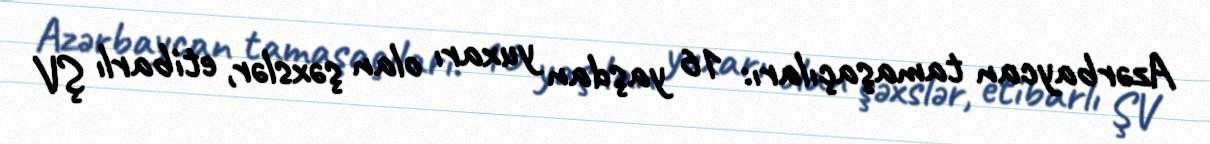
Azərbaycan tamaşaçıları: 16 yaşdan yuxarı olan şəxslər, etibarlı ŞV